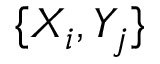
\{ X _ { i } , Y _ { j } \}